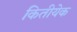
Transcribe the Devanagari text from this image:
कितीयेक